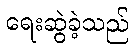
ရေးဆွဲခဲ့သည်